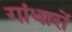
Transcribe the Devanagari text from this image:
गांधारों